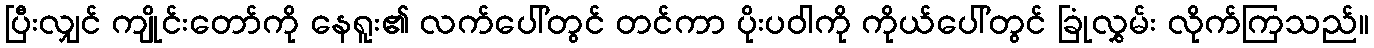
ပြီးလျှင် ကျိုင်းတော်ကို နေရူး၏ လက်ပေါ်တွင် တင်ကာ ပိုးပဝါကို ကိုယ်ပေါ်တွင် ခြုံလွှမ်း လိုက်ကြသည်။